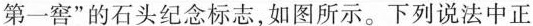
第一窖”的石头纪念标志，如图所示。下列说法中正